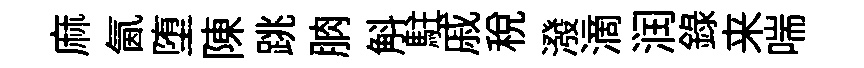
麻氤堕陳跳朒斛駐戚稅潑滴润錄来喘